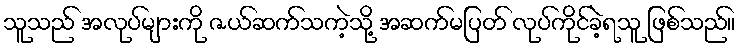
သူသည် အလုပ်များကို ဇယ်ဆက်သကဲ့သို့ အဆက်မပြတ် လုပ်ကိုင်ခဲ့ရသူ ဖြစ်သည်။